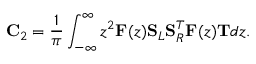
\mathbf { C } _ { 2 } = \frac { 1 } { \pi } \int _ { - \infty } ^ { \infty } z ^ { 2 } \mathbf { F } ( z ) \mathbf { S } _ { L } \mathbf { S } _ { R } ^ { T } \mathbf { F } ( z ) \mathbf { T } d z .